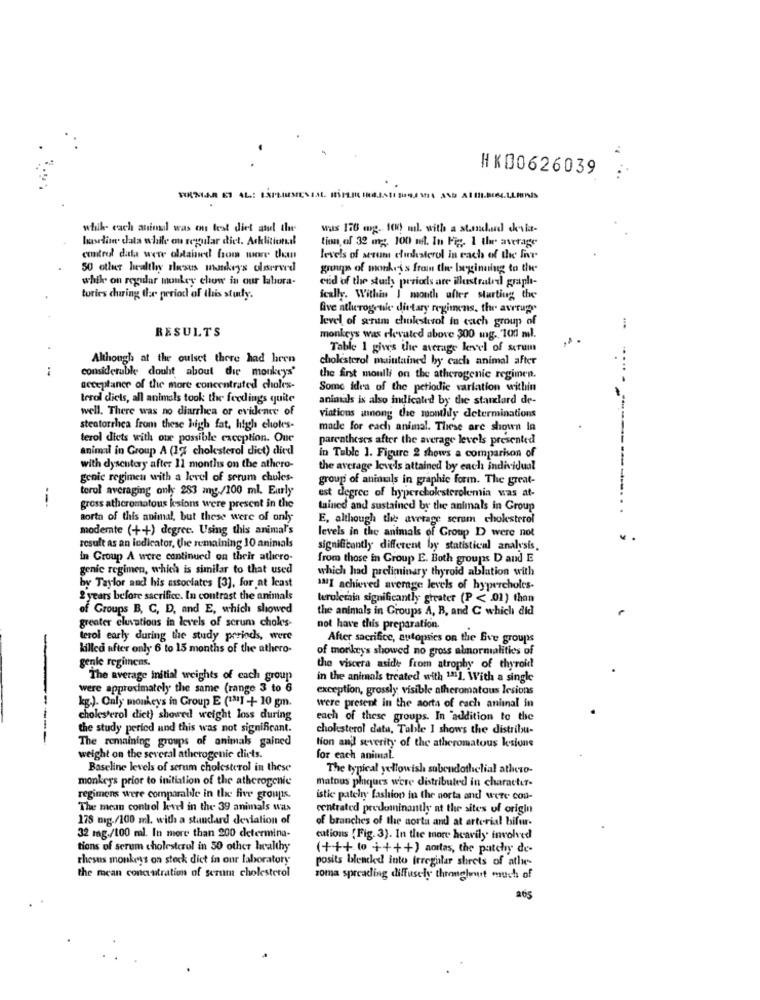
HK00626039
while each aninul was on test diet and the
was 176 mg. 100 ml. with a standard chesia-
hasedie data while on regular dict. Acklitional
tion of 32 mg. 100 ni. In Fig. 1 the average
control data were obtained from more than
levels of serum chinksterol in each of the Int
50 other healthy siesus monkeys olserved
groups of monkey s from the loginning to the
while on regular monkey chow in our lahora-
end of the staly periods are illustrated graph-
tories during the period of this study.
ically. Within I month after starting the
five atlucrogenie dietary regimens, the average
level of serum cholesterol in each group of
RESULTS
monkeys was elevated above 300 mg. 100 ml.
.
Table 1 give's the average level of serum
Although at the outset there had hren
cholesterol maintained by cach animal after
considerable douht about die monkeys'
the first moulli on the atherogenic regimen.
acceptance of the more concentrated choles-
Some idea of the periodic variation within
terol diets, all animals took the feedings quite
animals is also indicated by the standard de-
well. There was no diarrhea or evidence of
viations among the monthly determinations
steatorrhea from these high fat, high chokes-
made for each animal. These are shown in
terol diets with one possible exception. Our
parentheses after the average levels presented
animal in Group A (17 cholesterol diet) died
in Table 1. Figure 2 shows a comparison of
with dysentery after 11 months on the athero-
the average levels attained by each individual
genie regimen with a level of serum chules-
group of animals in graphic form. The great-
----
terol averaging only 283 mg./100 ml. Eurly
---
est degree of hypercholesterolemia was at-
gross athcromatous ksions were present in the
tained and sustained by the animals in Group
Borta of this animal, but these were of only
E, although the average serum cholesterol
modemte (++) degree. Using this animal's
levels in the animals of Group D were not
result as an indicator, the remaining 10 animals
significantly different by statistical analysis,
in Croup A were continued on their atlero-
from those in Group E. Both groups D and E
genic regimen, which is similar to that used
which had preliminary thyroid ablation with
by Taylor and his associates [3], for at least
120] achieved average levels of hypercholes-
2 years before sacrifice. In contrast the animals
terulemia significantly greater (P < 01) thon
of Groups B, C, D, and E, which showed
the animals in Groups A, B, and C which did
greater eluvatious in levels of scrum choles-
not have this preparation.
terol early during the study periods, were
After sacrifice, autopsies on the Eve groups
-
killed after only 6 to 15 months of the athero-
of monkeys showed no gross almormalities of
genle regimens.
the viscera aside from atrophy of thyroid
The average initial weights of cach group
in the animals treated with 1811. With a single
were approximately the same (range 3 to 6
exception, grossly visible atheromatous lesions
kg.). Only monkeys in Group E (1311 + 10 gn.
were present in the aorta of each animal in
cholesterol diet) showed weight loss during
each of these groups. In addition to the
the study period and this was not significant.
cholesterol data, Table I shows the distribu-
-----
The remaining groups of animals gained
Non an' severity of the atheromatous lesions
weight on the several atherogenie diets.
for each animal.
Baseline levels of serum cholesterol in these
The typical yellowish subendothelial athero-
monkeys prior to initiation of the atherogenie
matous pliques were distributed in character-
regimens were comparable in the five groups.
istic pately fashion in the aorta and] were con-
The mean control level in the 39 animals was
centrated predominantly at the sites of origin
175 mg./100 ml. with a standard deviation of
of branches of the aorta and at arterial bifur-
32 mg./100 ml. In more than 200 determina-
cations (Fig. 3). In the more heavily involved
tions of scrum cholesterol in 50 other healthy
(+++ to ++++) amtas, the patchy de-
thesus monkeys on stock dict in our laboratory
the mean concentration of serum cholesterol
posits blended into irregular sheets of atle-
roma spreading diffusely throughout much of
265